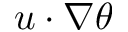
u \cdot \nabla \theta